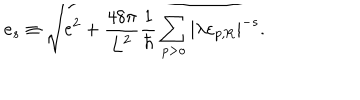
e _ { s } \equiv \sqrt { e ^ { 2 } + \frac { 4 8 \pi } { \mathrm { L } ^ { 2 } } \frac { 1 } { \hbar } \sum _ { p > o } | \lambda \varepsilon _ { p , \mathrm { R } } | ^ { - s } } .